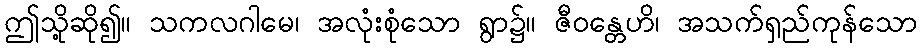
ဤသို့ဆို၍။ သကလဂါမေ၊ အလုံးစုံသော ရွာ၌။ ဇီဝန္တေဟိ၊ အသက်ရှည်ကုန်သော